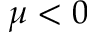
\mu < 0